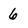
Character: 6